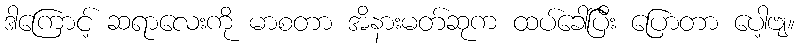
ဒါကြောင့် ဆရာလေးကို မာစတာ အိနားမတ်ဆုက ထပ်ခေါ်ပြီး ပြောတာ ပေါ့ဗျ။